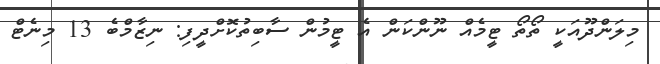
މިލަންދޫއަކީ ތޯތޯ ޓީމެއް ނޫންކަން އެ ޓީމުން ސާބިތުކޮށްދީފި: ނިޒާމްބެ 13 މިނެޓް